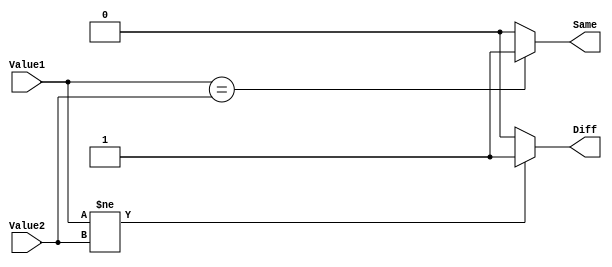
`timescale 1ns/1ps
`default_nettype none
// PLEASE READ THIS, IT MAY SAVE YOU SOME TIME AND MONEY, THANK YOU!
// * This file was generated by Quokka FPGA Toolkit.
// * Generated code is your property, do whatever you want with it
// * Place custom code between [BEGIN USER ***] and [END USER ***].
// * CAUTION: All code outside of [USER] scope is subject to regeneration.
// * Bad things happen sometimes in developer's life,
//   it is recommended to use source control management software (e.g. git, bzr etc) to keep your custom code safe'n'sound.
// * Internal structure of code is subject to change.
//   You can use some of signals in custom code, but most likely they will not exist in future (e.g. will get shorter or gone completely)
// * Please send your feedback, comments, improvement ideas etc. to evmuryshkin@gmail.com
// * Visit https://github.com/EvgenyMuryshkin/QuokkaEvaluation to access latest version of playground
//
// DISCLAIMER:
//   Code comes AS-IS, it is your responsibility to make sure it is working as expected
//   no responsibility will be taken for any loss or damage caused by use of Quokka toolkit.
//
// System configuration name is TuplesModule_TopLevel, clock frequency is 1Hz, Top-level
// FSM summary
// -- Packages
module TuplesModule_TopLevel
(
	// [BEGIN USER PORTS]
	// [END USER PORTS]
	input wire Value1,
	input wire Value2,
	output wire Diff,
	output wire Same
);
	// [BEGIN USER SIGNALS]
	// [END USER SIGNALS]
	localparam HiSignal = 1'b1;
	localparam LoSignal = 1'b0;
	wire Zero = 1'b0;
	wire One = 1'b1;
	wire true = 1'b1;
	wire false = 1'b0;
	wire Inputs_Value1;
	wire Inputs_Value2;
	wire Logic_Item1;
	wire Logic_Item2;
	reg TuplesModule_L16F13L21T14_same;
	reg TuplesModule_L16F13L21T14_diff;
	wire [1: 0] TuplesModule_L16F13L21T14_TuplesModule_L20F24T36_Tuple;
	wire TuplesModule_L16F13L21T14_TuplesModule_L17F28T58_Expr;
	wire TuplesModule_L16F13L21T14_TuplesModule_L17F28T58_ExprLhs;
	wire TuplesModule_L16F13L21T14_TuplesModule_L17F28T58_ExprRhs;
	wire TuplesModule_L16F13L21T14_TuplesModule_L18F28T58_Expr;
	wire TuplesModule_L16F13L21T14_TuplesModule_L18F28T58_ExprLhs;
	wire TuplesModule_L16F13L21T14_TuplesModule_L18F28T58_ExprRhs;
	assign TuplesModule_L16F13L21T14_TuplesModule_L17F28T58_Expr = TuplesModule_L16F13L21T14_TuplesModule_L17F28T58_ExprLhs == TuplesModule_L16F13L21T14_TuplesModule_L17F28T58_ExprRhs ? 1'b1 : 1'b0;
	assign TuplesModule_L16F13L21T14_TuplesModule_L18F28T58_Expr = TuplesModule_L16F13L21T14_TuplesModule_L18F28T58_ExprLhs != TuplesModule_L16F13L21T14_TuplesModule_L18F28T58_ExprRhs ? 1'b1 : 1'b0;
	always @ (*)
	begin
		TuplesModule_L16F13L21T14_same = TuplesModule_L16F13L21T14_TuplesModule_L17F28T58_Expr;
		TuplesModule_L16F13L21T14_diff = TuplesModule_L16F13L21T14_TuplesModule_L18F28T58_Expr;
	end
	assign TuplesModule_L16F13L21T14_TuplesModule_L17F28T58_ExprLhs = Inputs_Value1;
	assign TuplesModule_L16F13L21T14_TuplesModule_L17F28T58_ExprRhs = Inputs_Value2;
	assign TuplesModule_L16F13L21T14_TuplesModule_L18F28T58_ExprLhs = Inputs_Value1;
	assign TuplesModule_L16F13L21T14_TuplesModule_L18F28T58_ExprRhs = Inputs_Value2;
	assign Inputs_Value1 = Value1;
	assign Inputs_Value2 = Value2;
	assign TuplesModule_L16F13L21T14_TuplesModule_L20F24T36_Tuple[1] = TuplesModule_L16F13L21T14_same;
	assign TuplesModule_L16F13L21T14_TuplesModule_L20F24T36_Tuple[0] = TuplesModule_L16F13L21T14_diff;
	assign Logic_Item1 = TuplesModule_L16F13L21T14_TuplesModule_L20F24T36_Tuple[1];
	assign Logic_Item2 = TuplesModule_L16F13L21T14_TuplesModule_L20F24T36_Tuple[0];
	assign Diff = Logic_Item2;
	assign Same = Logic_Item1;
	// [BEGIN USER ARCHITECTURE]
	// [END USER ARCHITECTURE]
endmodule